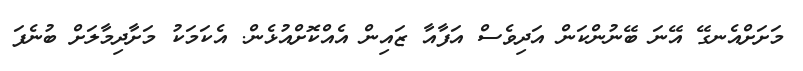
މަށަށްއެނގޭ އޭނަ ބޭނުންކަން އަދިވެސް އަފާއާ ޒައިން އެއްކޮށްއުޅެން. އެކަމަކު މަށާދިމާލަށް ބުނެފަ